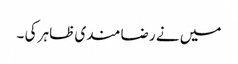
میں نے رضا مندی ظاہر کی ۔